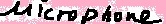
Text: MICROPHONE